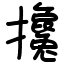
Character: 攙